Indian journal of veterinary science and animal husbandry - Volumes 18-21, 1948-1951
Year: 1948
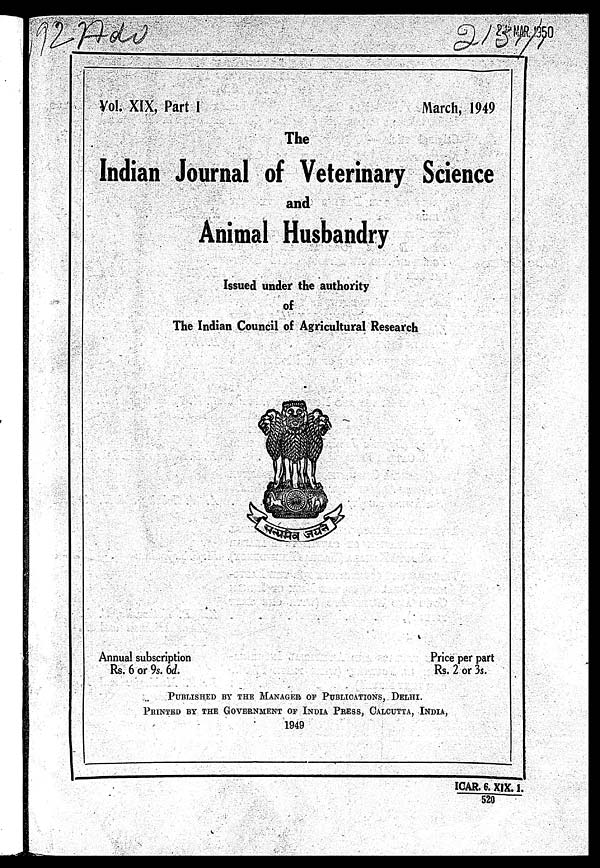
Vol. XIX, Part I
March, 1949
The
Indian Journal of Veterinary Science
and
Animal Husbandry
Issued under the authority
of
The Indian Council of Agricultural Research
Annual subscription
Rs. 6 or 9s. 6d.
Price per part
Rs. 2 or 3s.
PUBLISHED BY THE MANAGER OF PUBLICATIONS, DELHI.
PRINTED BY THE GOVERNMENT OF INDIA PRESS, CALCUTTA, INDIA,
1949
ICAR. 6. XIX. 1.
520